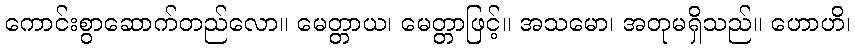
ကောင်းစွာဆောက်တည်လော။ မေတ္တာယ၊ မေတ္တာဖြင့်။ အသမော၊ အတုမရှိသည်။ ဟောဟိ၊